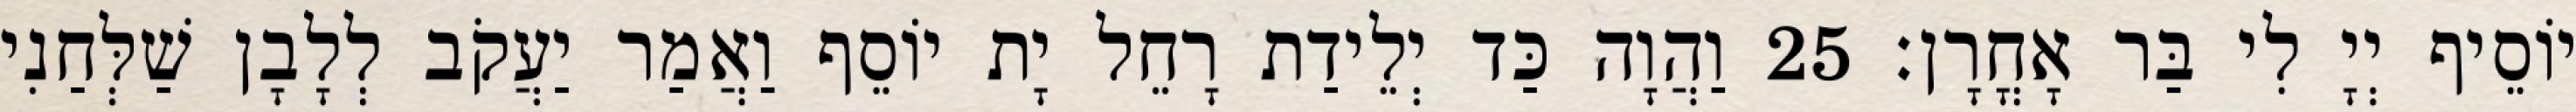
יוֹסֵיף יְיָ לִי בַּר אָחֳרָן׃ 25 וַהֲוָה כַּד יְלֵידַת רָחֵל יָת יוֹסֵף וַאֲמַר יַעֲקֹב לְלָבָן שַׁלְּחַנִי